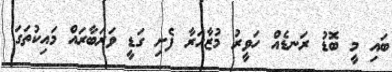
ބައި މީ ބޮޑު ރަނޑެއް ހަވީރު މުޒާހަރާ ފެށި ގަޑީ ވަރަބާރައް މައިކުތަގަ